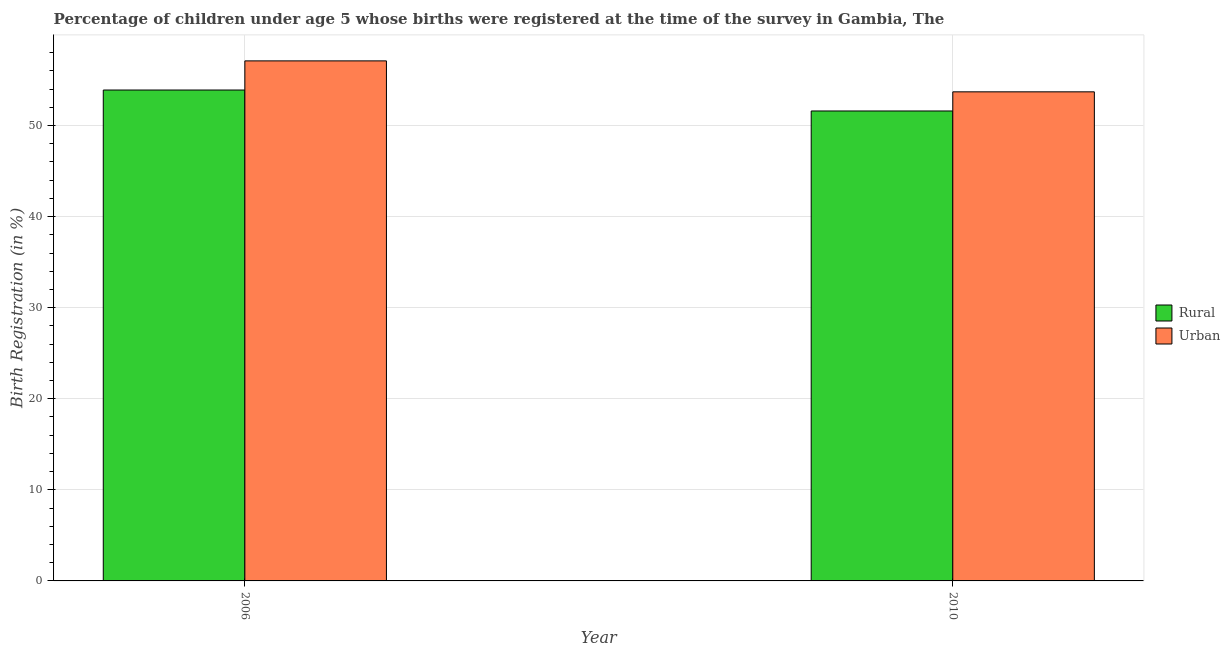
| Year | Rural | Urban |
 | --- | --- | --- |
 | 2006 | 53.9 | 57.1 |
 | 2010 | 51.6 | 53.7 |